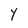
Character: Y